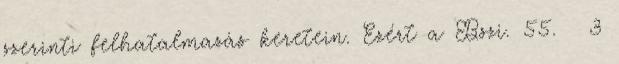
szerinti felhatalmazás keretein. Ezért a Bszi. 55. § 3